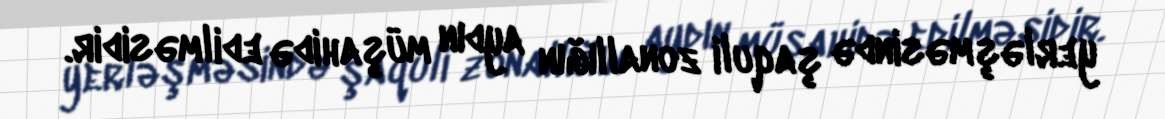
yerləşməsində şaquli zonallığın aydın müşahidə edilməsidir.